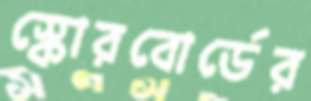
স্কোরবোর্ডের